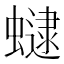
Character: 𧑔